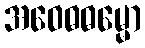
အဝေဓဓမ္မော